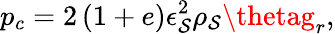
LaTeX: p_{c}=2\left(1+e\right)\epsilon_{\mathcal{S}}^{2}\rho_{\mathcal{S}}\thetag_{r},